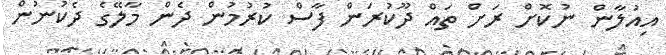
އިއުލާން ނުކޮށް ރަށް ތައް ދޫކުރަން ފާސް ކުރުމުން ދެން މާލޭގެ ދެކުނުން